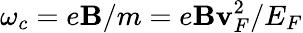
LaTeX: \omega_{c}={e\mathbf{B}}/{m}=e\mathbf{B}\mathbf{v}_{F}^{2}/E_{F}